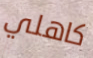
كاهلي